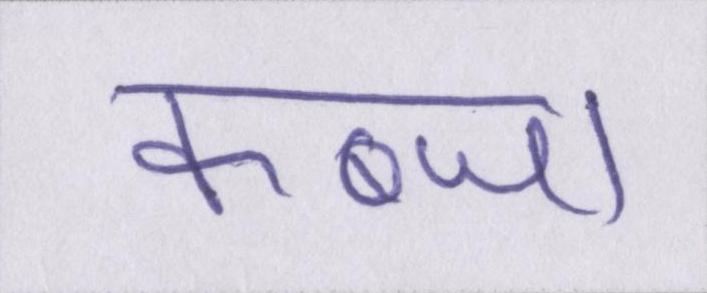
कब्जा